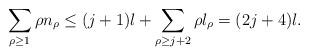
LaTeX: \begin{align*}\sum_{\rho\geq 1} \rho n_\rho\leq (j+1)l+\sum_{\rho\geq j+2}\rho l_\rho= (2j+4)l.\end{align*}